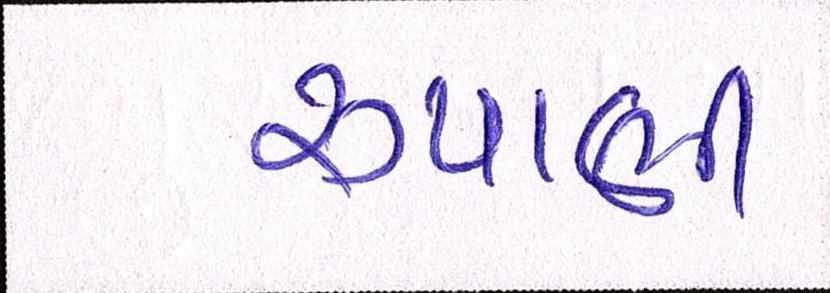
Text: રૃપાણી